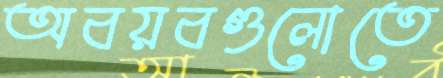
অবয়বগুলোতে